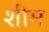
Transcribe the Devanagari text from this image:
शीम